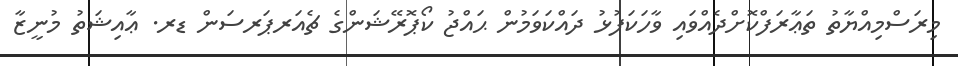
މިރަސްމިއްޔާތު ތަޢާރަފްކޮށްދެއްވައި ވާހަކަފުޅު ދައްކަވަމުން ޙައްޖު ކޯޕޮރޭޝަންގެ ޗެއަރޕަރސަން ޑރ. ޢާއިޝަތު މުނީޒާ